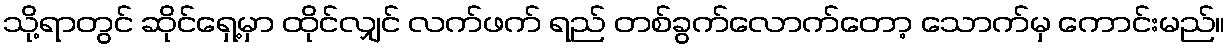
သို့ရာတွင် ဆိုင်ရှေ့မှာ ထိုင်လျှင် လက်ဖက် ရည် တစ်ခွက်လောက်တော့ သောက်မှ ကောင်းမည်။